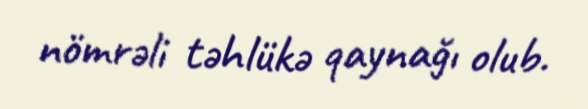
nömrəli təhlükə qaynağı olub.